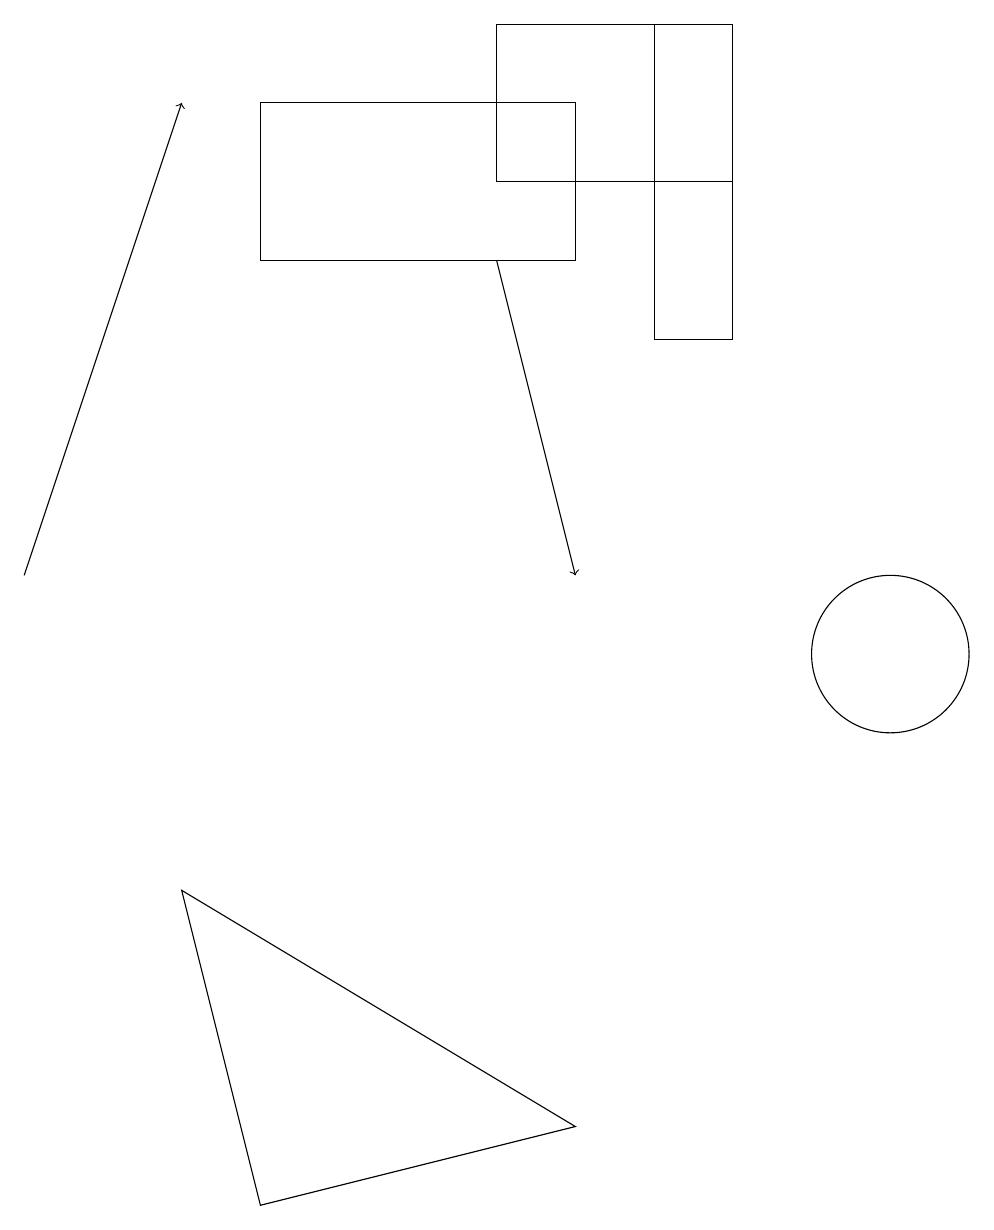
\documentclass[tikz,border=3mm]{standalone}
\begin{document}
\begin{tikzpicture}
\draw[->] (6,15) -- (7,11);
\draw (7,4) -- (2,7) -- (3,3) -- cycle;
\draw (3,15) rectangle (7,17);
\draw (11,10) circle (1);
\draw (9,18) rectangle (8,14);
\draw[->] (0,11) -- (2,17);
\draw (6,16) rectangle (9,18);
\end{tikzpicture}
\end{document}